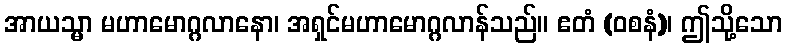
အာယသ္မာ မဟာမောဂ္ဂလာနော၊ အရှင်မဟာမောဂ္ဂလာန်သည်။ ဧတံ (ဝစနံ)၊ ဤသို့သော